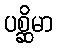
ပစ္ဆိမာ